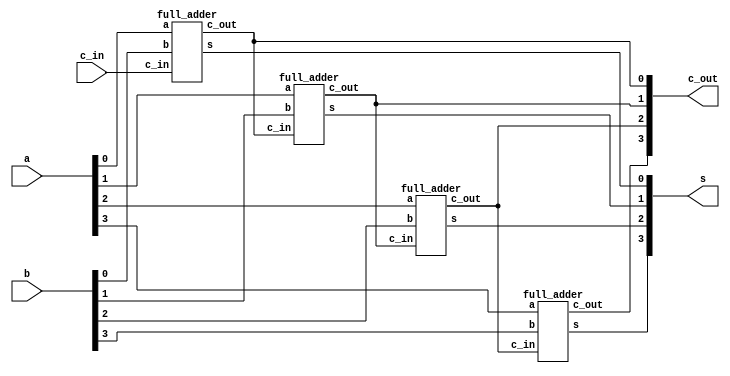
module part2 (a, b, c_in, s, c_out);
	input c_in;
	input [3:0] a;
	input [3:0] b;
	output [3:0] s;
	output [3:0] c_out;

	full_adder u0(a[0], b[0], c_in, s[0], c_out[0]);
	full_adder u1(a[1], b[1], c_out[0], s[1], c_out[1]);
	full_adder u2(a[2], b[2], c_out[1], s[2], c_out[2]);
	full_adder u3(a[3], b[3], c_out[2], s[3], c_out[3]);
endmodule 

module full_adder (a, b, c_in, s, c_out);
	input a, b, c_in;
	output c_out, s;
	
	assign s	= a^b^c_in;
	assign c_out = (a & b)|(a & c_in)|(b & c_in);
endmodule